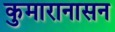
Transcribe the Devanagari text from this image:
कुमारानासन